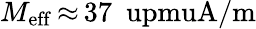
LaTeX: M_{\mathrm{eff}}\, {\approx}\, 37~\mathrm{\ upmuA/m}